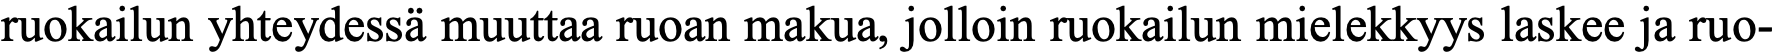
ruokailun yhteydessä muuttaa ruoan makua, jolloin ruokailun mielekkyys laskee ja ruo-